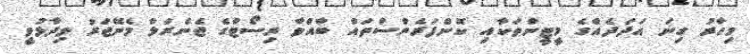
މިހާރު ގިނަ އަދަދެއްގެ މީޓީންތަކާއި ކޮންފަރެންސްތައް ބާއްވާ ރިސޯޓްގެ ޖެނެރަލް މެނޭޖަރު ވިދާޅުވީ